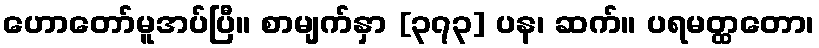
ဟောတော်မူအပ်ပြီ။ စာမျက်နှာ [၃၇၃] ပန၊ ဆက်။ ပရမတ္ထတော၊